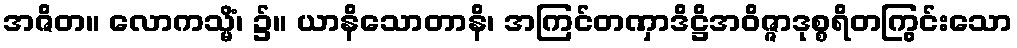
အဇိတ။ လောကသ္မိံ၊ ၌။ ယာနိသောတာနိ၊ အကြင်တဏှာဒိဋ္ဌိအဝိဇ္ဇာဒုစ္စရိတကြွင်းသော